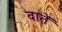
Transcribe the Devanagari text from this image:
वातें